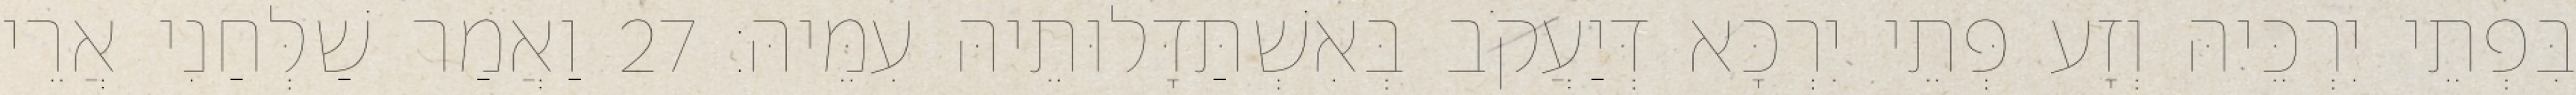
בִּפְתֵי יִרְכֵּיהּ וְזָע פְּתֵי יִרְכָּא דְּיַעֲקֹב בְּאִשְׁתַּדָּלוּתֵיהּ עִמֵּיהּ׃ 27 וַאֲמַר שַׁלְּחַנִי אֲרֵי